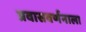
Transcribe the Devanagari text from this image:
प्रवासवर्णनाला